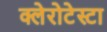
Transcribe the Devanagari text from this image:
क्लेरोटेस्टा